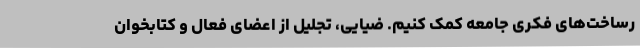
رساخت‌های فکری جامعه کمک کنیم. ضیایی، تجلیل از اعضای فعال و کتابخوان